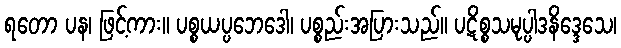
ရတော ပန၊ ဖြင့်ကား။ ပစ္စယပ္ပဘေဒေါ၊ ပစ္စည်းအပြားသည်။ ပဋိစ္စသမုပ္ပါဒနိဒ္ဒေသေ၊